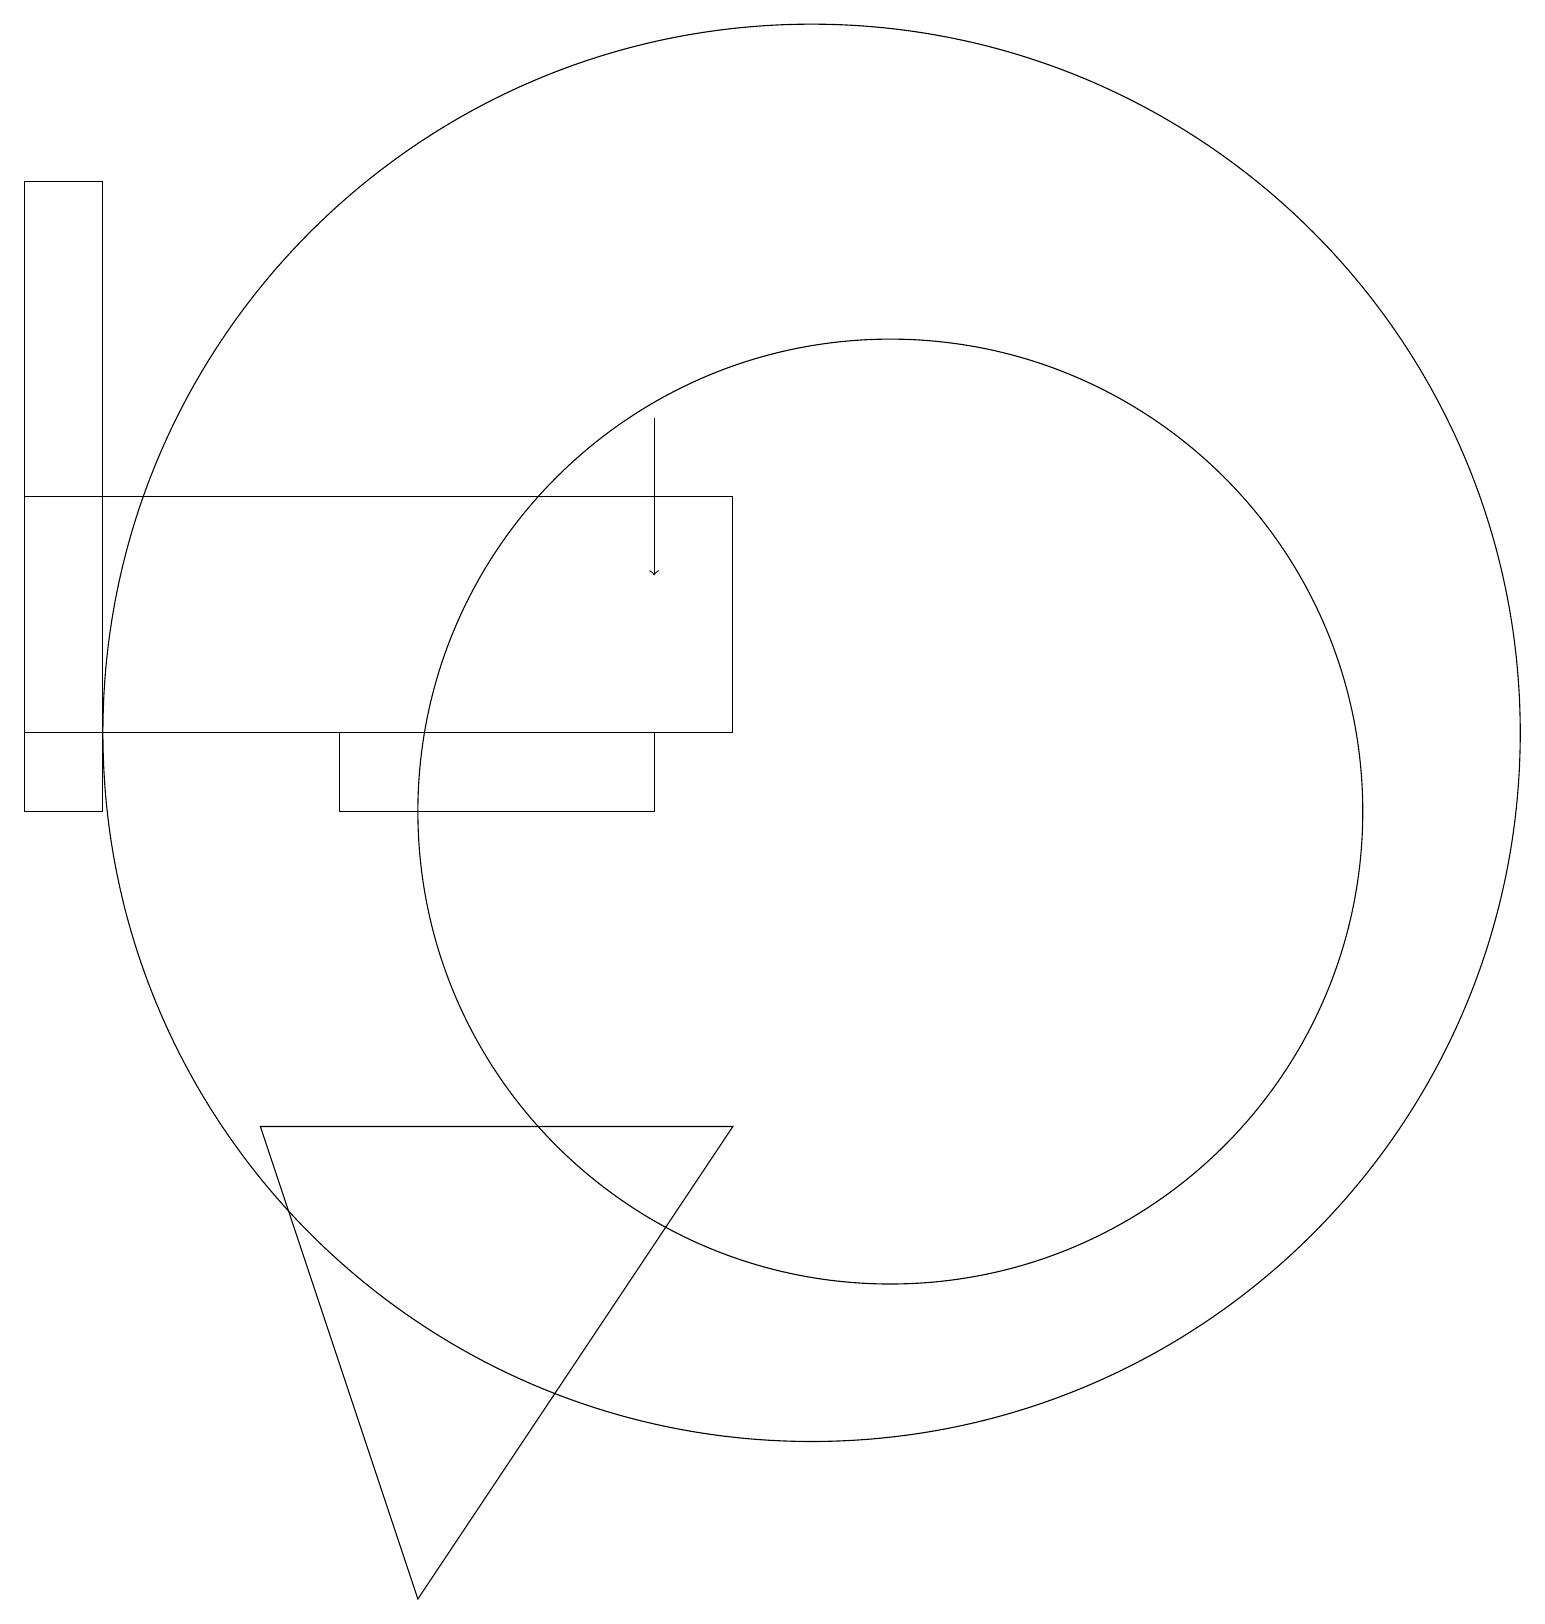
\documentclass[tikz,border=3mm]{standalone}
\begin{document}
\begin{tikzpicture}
\draw (9,14) rectangle (0,11);
\draw (11,10) circle (6);
\draw (8,11) rectangle (4,10);
\draw[->] (8,15) -- (8,13);
\draw (5,0) -- (3,6) -- (9,6) -- cycle;
\draw (10,11) circle (9);
\draw (1,18) rectangle (0,10);
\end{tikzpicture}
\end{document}